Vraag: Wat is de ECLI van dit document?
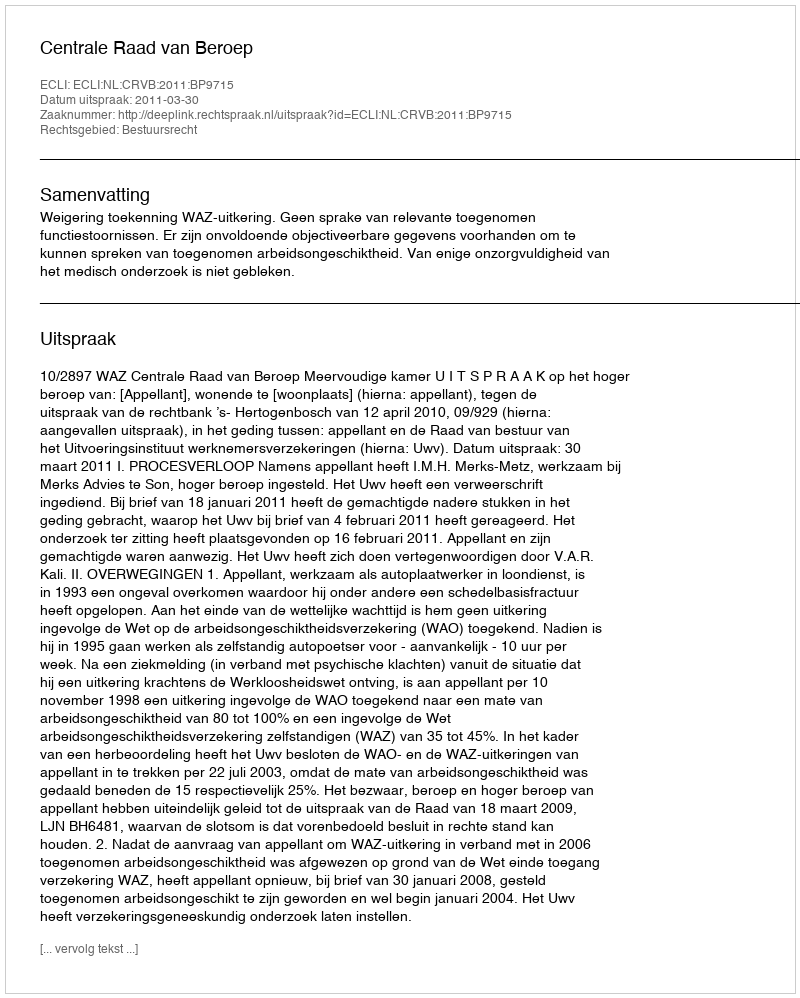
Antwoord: ECLI:NL:CRVB:2011:BP9715